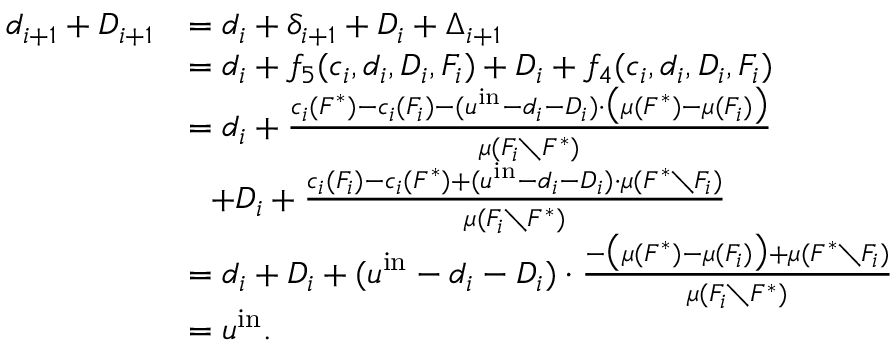
\begin{array} { r l } { d _ { i + 1 } + D _ { i + 1 } } & { = d _ { i } + \delta _ { i + 1 } + D _ { i } + \Delta _ { i + 1 } } \\ { } & { = d _ { i } + f _ { 5 } ( c _ { i } , d _ { i } , D _ { i } , F _ { i } ) + D _ { i } + f _ { 4 } ( c _ { i } , d _ { i } , D _ { i } , F _ { i } ) } \\ { } & { = d _ { i } + \frac { c _ { i } ( F ^ { * } ) - c _ { i } ( F _ { i } ) - ( u ^ { \mathrm { i n } } - d _ { i } - D _ { i } ) \cdot \big ( \mu ( F ^ { * } ) - \mu ( F _ { i } ) \big ) } { \mu ( F _ { i } \setminus F ^ { * } ) } } \\ { } & { ~ ~ + D _ { i } + \frac { c _ { i } ( F _ { i } ) - c _ { i } ( F ^ { * } ) + ( u ^ { \mathrm { i n } } - d _ { i } - D _ { i } ) \cdot \mu ( F ^ { * } \setminus F _ { i } ) } { \mu ( F _ { i } \setminus F ^ { * } ) } } \\ { } & { = d _ { i } + D _ { i } + ( u ^ { \mathrm { i n } } - d _ { i } - D _ { i } ) \cdot \frac { - \big ( \mu ( F ^ { * } ) - \mu ( F _ { i } ) \big ) + \mu ( F ^ { * } \setminus F _ { i } ) } { \mu ( F _ { i } \setminus F ^ { * } ) } } \\ { } & { = u ^ { \mathrm { i n } } . } \end{array}